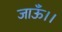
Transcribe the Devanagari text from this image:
जाऊँ।।